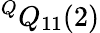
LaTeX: ^QQ_{11}(2)